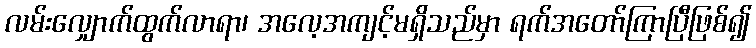
လမ်းလျှောက်ထွက်လာရာ၊ အလေ့အကျင့်မရှိသည်မှာ ရက်အတော်ကြာပြီဖြစ်၍